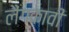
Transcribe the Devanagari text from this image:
लैंगकावी